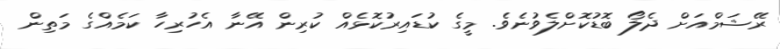
ރޭޝަމްއަށް ދެލޯ ބޮޑުކޮށްލެވުނެވެ. މީގެ ކުޑައިރުކޮޅެއް ކުރިން އޭނާ އެހުރިހާ ކަމެއްގެ މަތިން